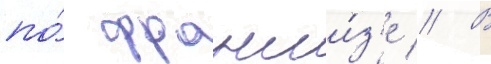
по́ франши́з'е // В